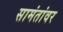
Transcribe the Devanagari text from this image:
सामंतांवर